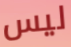
ليس